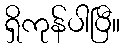
ရှိကုန်ပါပြီ။